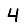
Digit: 4